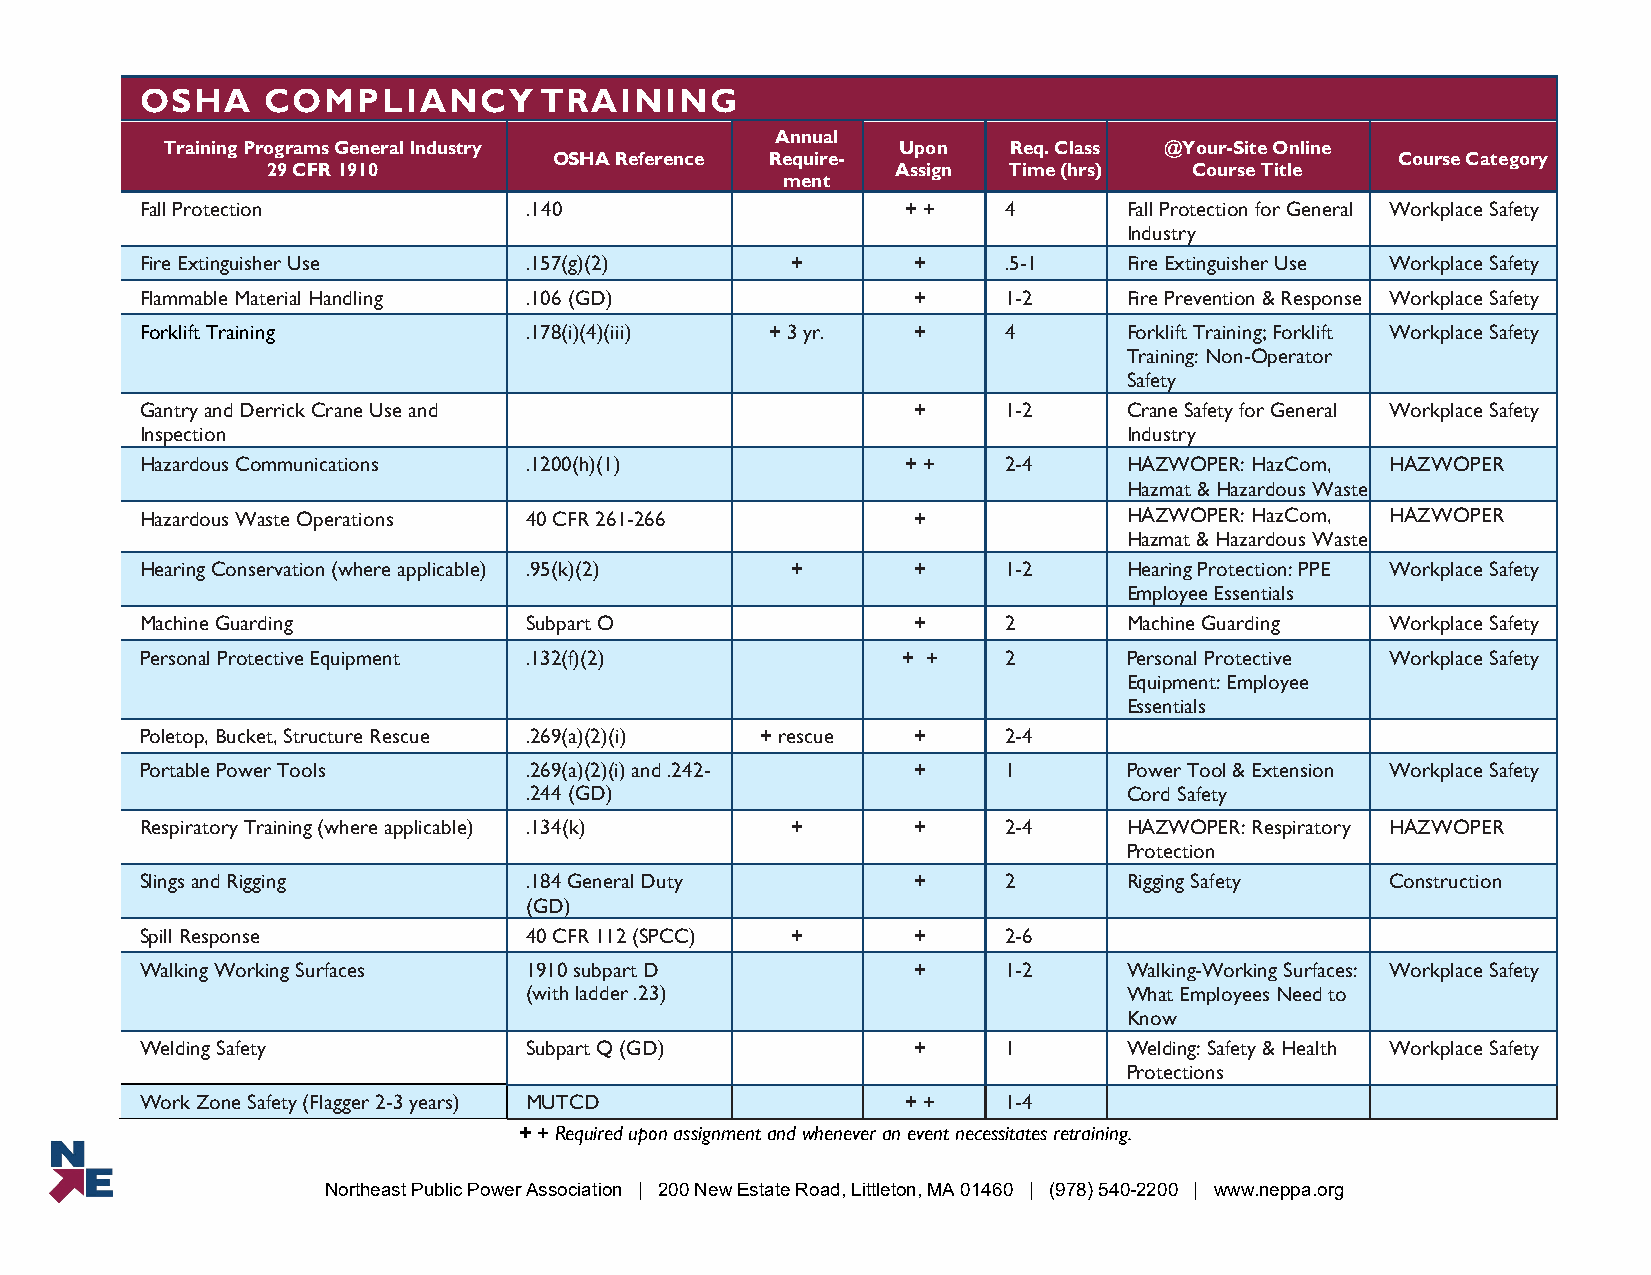
OSHA    COMPLIANCY         TRAINING
 Annual
 Training Programs General Industry              Upon    Req. Class @Your-Site Online
 OSHA Reference Require-                                Course Category
 29 CFR 1910                              Assign  Time (hrs)  Course Title
 ment
 Fall Protection           .140                     + +   4        Fall Protection for General Workplace Safety
 Industry
 Fire Extinguisher Use     .157(g)(2)       +       +     .5-1     Fire Extinguisher Use Workplace Safety
 Flammable Material Handling .106 (GD)              +     1-2      Fire Prevention & Response Workplace Safety
 Forklift Training         .178(i)(4)(iii) + 3 yr.  +     4        Forklift Training; Forklift Workplace Safety
 Training: Non-Operator
 Safety
 Gantry and Derrick Crane Use and                   +     1-2      Crane Safety for General Workplace Safety
 Inspection                                                        Industry
 Hazardous Communications  .1200(h)(1)              + +   2-4      HAZWOPER: HazCom, HAZWOPER
 Hazmat & Hazardous Waste
 Hazardous Waste Operations 40 CFR 261-266          +              HAZWOPER: HazCom, HAZWOPER
 Hazmat & Hazardous Waste
 Hearing Conservation (where applicable) .95(k)(2) + +    1-2      Hearing Protection: PPE Workplace Safety
 Employee Essentials
 Machine Guarding          Subpart O                +     2        Machine Guarding Workplace Safety
 Personal Protective Equipment .132(f)(2)           + +   2        Personal Protective Workplace Safety
 Equipment: Employee
 Essentials
 Poletop, Bucket, Structure Rescue .269(a)(2)(i) + rescue + 2-4
 Portable Power Tools      .269(a)(2)(i) and .242-  +     1        Power Tool & Extension Workplace Safety
 .244 (GD)                               Cord Safety
 Respiratory Training (where applicable) .134(k) +  +     2-4      HAZWOPER: Respiratory HAZWOPER
 Protection
 Slings and Rigging        .184 General Duty        +     2        Rigging Safety   Construction
 (GD)
 Spill Response            40 CFR 112 (SPCC) +      +     2-6
 Walking Working Surfaces  1910 subpart D           +     1-2      Walking-Working Surfaces: Workplace Safety
 (with ladder .23)                       What Employees Need to
 Know
 Welding Safety            Subpart Q (GD)           +     1        Welding: Safety & Health Workplace Safety
 Protections
 Work Zone Safety (Flagger 2-3 years) MUTCD         + +   1-4
 + + Required upon assignment and whenever an event necessitates retraining.
 Northeast Public Power Association | 200 New Estate Road, Littleton, MA 01460 | (978) 540-2200 | www.neppa.org